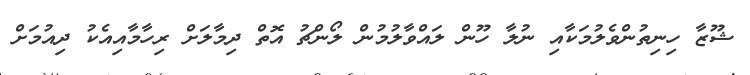
ޝޫޒާ ހިނިތުންވެލުމަކާއި ނުލާ ހޫން ލައްވާލުމުން ލޯންޗު އޮތް ދިމާލަށް ރިހާމާއިއެކު ދިއުމަށް